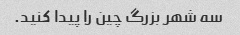
سه شهر بزرگ چین را پیدا کنید.